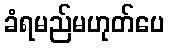
ခံရမည်မဟုတ်ပေ